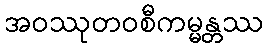
အဝဿုတဝစီကမ္မန္တဿ